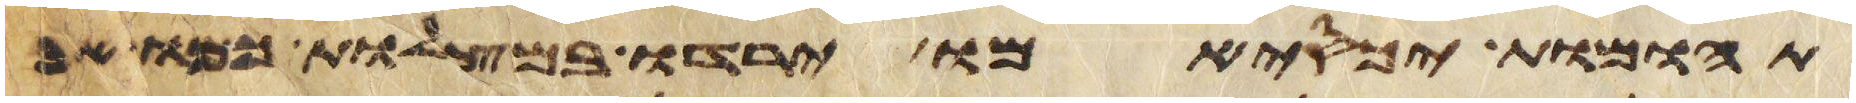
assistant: תהומות יכסמו ירדו במצלות כמו אבן